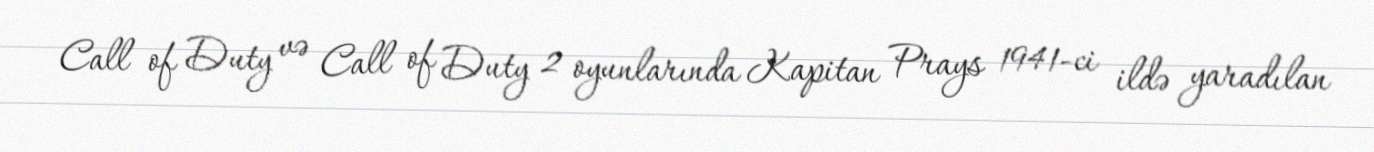
Call of Duty və Call of Duty 2 oyunlarında Kapitan Prays 1941-ci ildə yaradılan